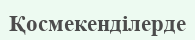
Қосмекенділерде